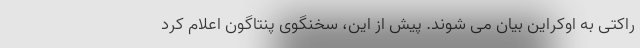
راکتی به اوکراین بیان می شوند. پیش از این، سخنگوی پنتاگون اعلام کرد